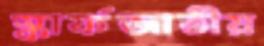
স্কার্ফজাতীয়